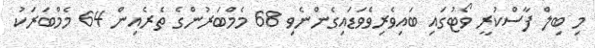
މި ބިލް ފާސްކުރީ ވޯޓުގައި ބައިވެރިވެވަޑައިގެންނެވި 68 މެމްބަރުންގެ ތެރެއިން 64 މެމްބަރަކު